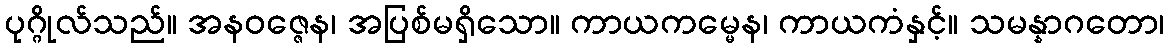
ပုဂ္ဂိုလ်သည်။ အနဝဇ္ဇေန၊ အပြစ်မရှိသော။ ကာယကမ္မေန၊ ကာယကံနှင့်။ သမန္နာဂတော၊